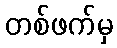
တစ်ဖက်မှ